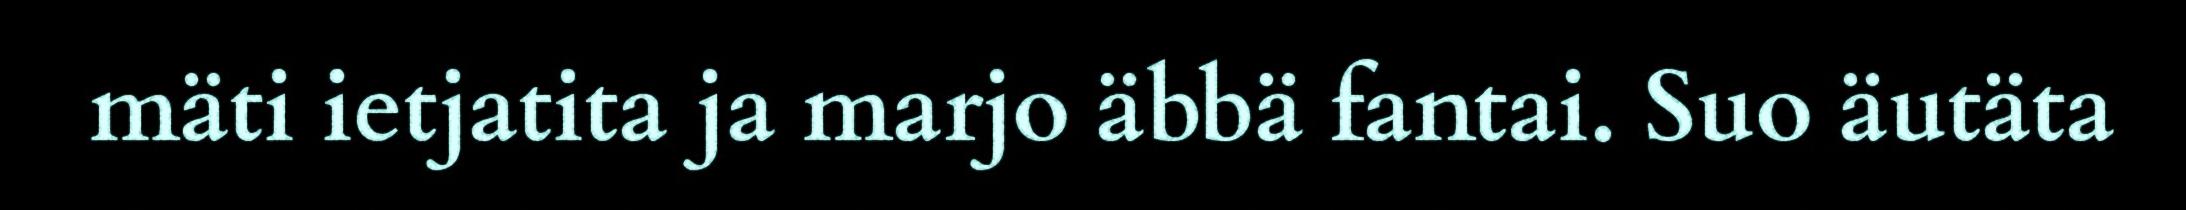
mäti ietjatita ja marjo äbbä fantai. Suo äutäta